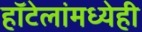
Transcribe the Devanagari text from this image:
हॉटेलांमध्येही